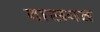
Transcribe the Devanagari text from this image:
दासवत